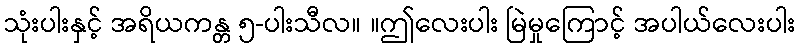
သုံးပါးနှင့် အရိယကန္တ ၅-ပါးသီလ။ ။ဤလေးပါး မြဲမှုကြောင့် အပါယ်လေးပါး